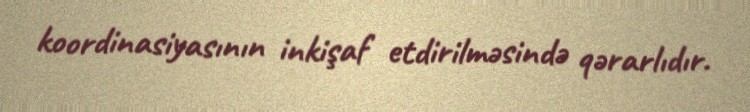
koordinasiyasının inkişaf etdirilməsində qərarlıdır.